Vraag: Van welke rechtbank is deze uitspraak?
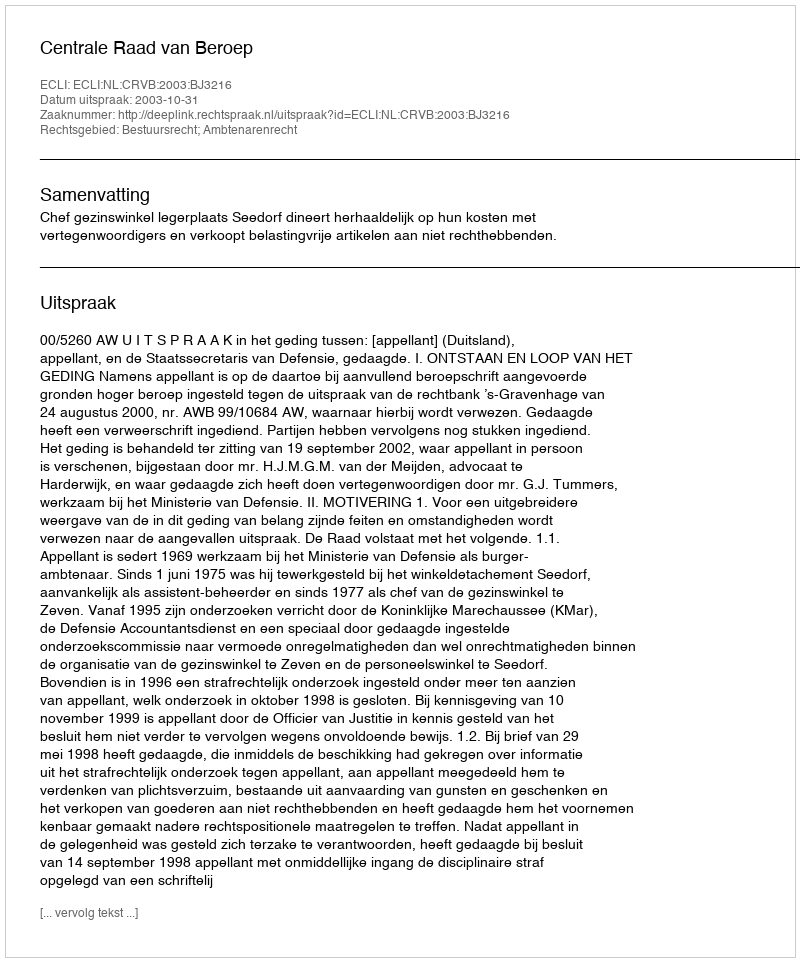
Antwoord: Centrale Raad van Beroep